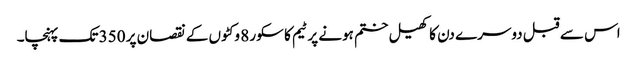
اس سے قبل دوسرے دن کا کھیل ختم ہونے پر ٹیم کا سکور 8 وکٹوں کے نقصان پر 350 تک پہنچا۔